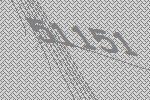
51151